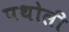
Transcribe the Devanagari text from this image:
पथोली